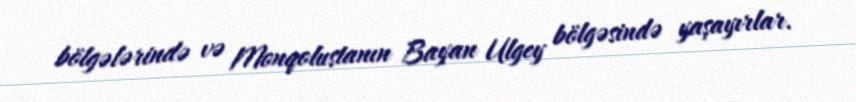
bölgələrində və Monqolustanın Bayan Ulgey bölgəsində yaşayırlar.